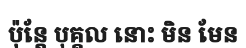
ប៉ុន្តែ បុគ្គល នោះ មិន មែន